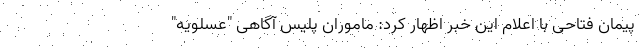
پیمان فتاحی با اعلام این خبر اظهار کرد: ماموران پلیس آگاهی "عسلویه"